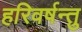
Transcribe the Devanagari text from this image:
हरिवर्षन्तु